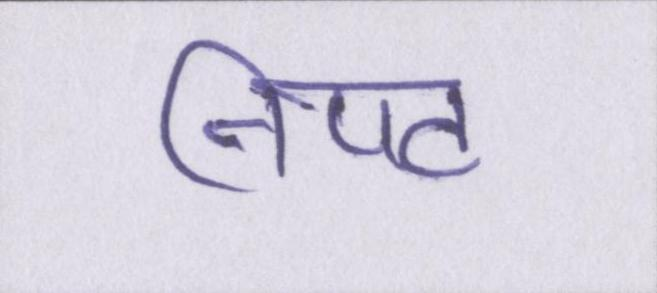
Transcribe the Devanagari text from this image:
निपट